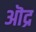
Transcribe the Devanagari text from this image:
ऒद्र